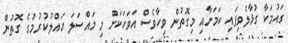
ގައުމަކާ ގުޅާލެވިފައި ކަމަށާއި މިގޮތުން ވިހާވެސް އަވަހަކަށް މި މައްސަލަ ހައްލުކުރުމުގެ ގޮތުން